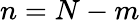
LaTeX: n=N-m